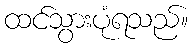
ထင်သွားပုံရသည်။